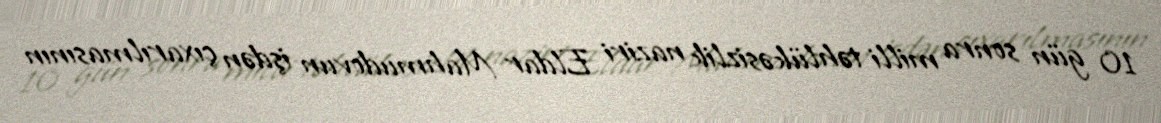
10 gün sonra milli təhlükəsizlik naziri Eldar Mahmudovun işdən çıxarılmasının